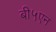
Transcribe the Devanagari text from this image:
बी५एन